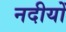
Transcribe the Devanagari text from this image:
नदीयोँ